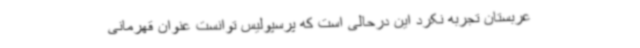
عربستان تجربه نکرد این درحالی است که پرسپولیس توانست عنوان قهرمانی